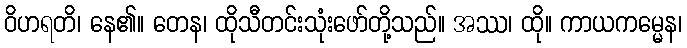
ဝိဟရတိ၊ နေ၏။ တေန၊ ထိုသီတင်းသုံးဖော်တို့သည်။ အဿ၊ ထို။ ကာယကမ္မေန၊